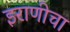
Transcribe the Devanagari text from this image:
इराणीचा